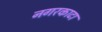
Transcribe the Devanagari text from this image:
नगरकाटा